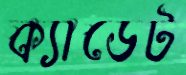
ক্যাডেট